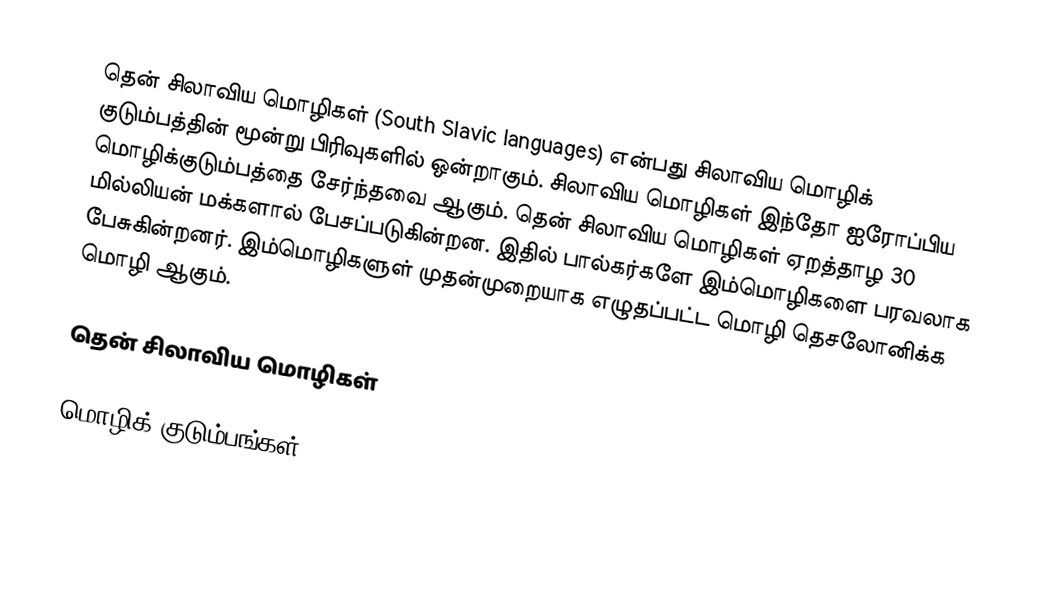
தென் சிலாவிய மொழிகள் (South Slavic languages) என்பது சிலாவிய மொழிக் குடும்பத்தின் மூன்று பிரிவுகளில் ஒன்றாகும். சிலாவிய மொழிகள் இந்தோ ஐரோப்பிய மொழிக்குடும்பத்தை சேர்ந்தவை ஆகும். தென் சிலாவிய மொழிகள் ஏறத்தாழ 30 மில்லியன் மக்களால் பேசப்படுகின்றன. இதில் பால்கர்களே இம்மொழிகளை பரவலாக பேசுகின்றனர். இம்மொழிகளுள் முதன்முறையாக எழுதப்பட்ட மொழி தெசலோனிக்க மொழி ஆகும்.

தென் சிலாவிய மொழிகள்

மொழிக் குடும்பங்கள்